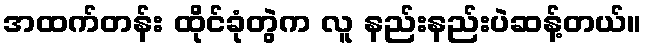
အထက်တန်း ထိုင်ခုံတွဲက လူ နည်းနည်းပဲဆန့်တယ်။